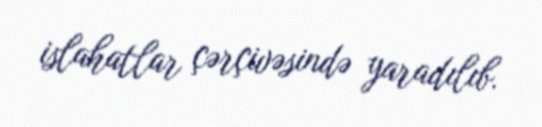
islahatlar çərçivəsində yaradılıb.